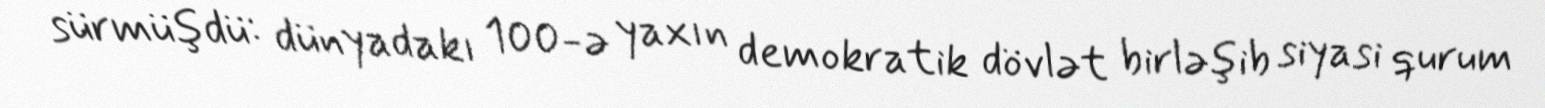
sürmüşdü: dünyadakı 100-ə yaxın demokratik dövlət birləşib siyasi qurum